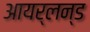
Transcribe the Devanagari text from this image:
आयर्लन्ड